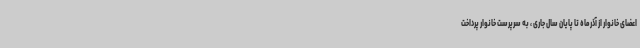
اعضای خانوار از آذرماه تا پایان سال جاری ، به سرپرست خانوار پرداخت